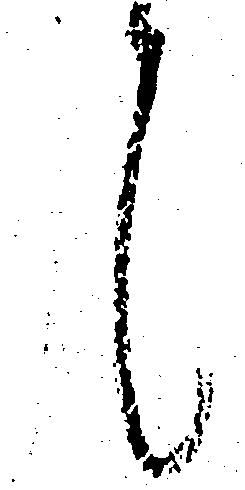
候